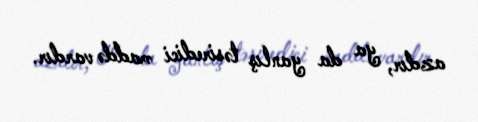
azdır, ya da yanlış təsiredici maddə vardır.